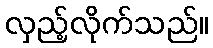
လှည့်လိုက်သည်။